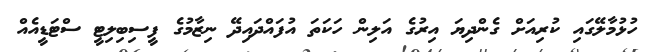
ހުޅުމާލޭގައި ކުރިއަށް ގެންދިޔަ އިރުގެ އަލިން ހަކަތަ އުފައްދައިދޭ ނިޒާމުގެ ފީސިބިލިޓީ ސްޓަޑީއެއް